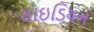
સાઇડિયન